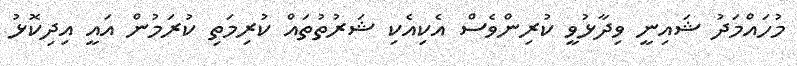
މުހައްމަދު ޝައިނީ ވިދާޅުވީ ކުރިންވެސް އެކިއެކި ޝަރުތުތައް ކުރިމަތި ކުރަމުން އައީ އިދިކޮޅު